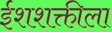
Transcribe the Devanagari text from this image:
ईशशक्तीला